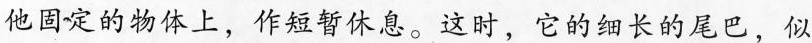
他固定的物体上，作短暂休息。这时，它的细长的尾巴，似